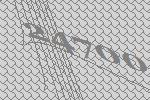
24700